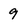
Character: 9